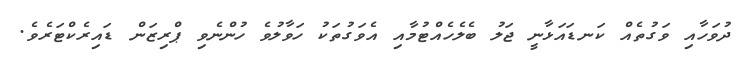
ދުވަހާއި ވަގުތެއް ކަނޑައަޅާނީ ޖަލު ބެލެހެއްޓުމާއި އެވަގުތަކު ހަވާލުވެ ހުންނެވި ޕްރިޒަން ޑައިރެކްޓަރެެވެ.